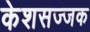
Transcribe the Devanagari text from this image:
केशसज्जक